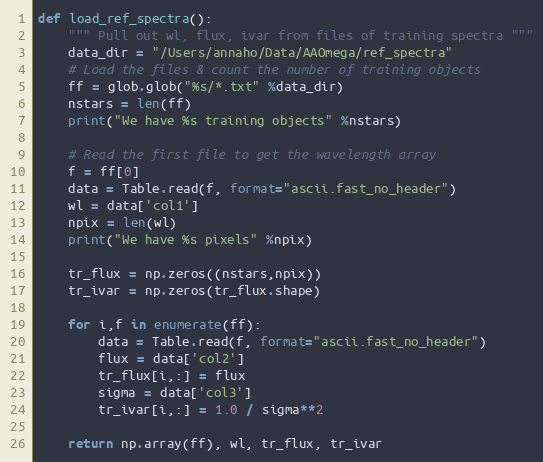
Language: Python
def load_ref_spectra():
    """ Pull out wl, flux, ivar from files of training spectra """
    data_dir = "/Users/annaho/Data/AAOmega/ref_spectra"
    # Load the files & count the number of training objects
    ff = glob.glob("%s/*.txt" %data_dir)
    nstars = len(ff)
    print("We have %s training objects" %nstars)

    # Read the first file to get the wavelength array
    f = ff[0]
    data = Table.read(f, format="ascii.fast_no_header")
    wl = data['col1']
    npix = len(wl)
    print("We have %s pixels" %npix)

    tr_flux = np.zeros((nstars,npix))
    tr_ivar = np.zeros(tr_flux.shape)

    for i,f in enumerate(ff):
        data = Table.read(f, format="ascii.fast_no_header")
        flux = data['col2']
        tr_flux[i,:] = flux
        sigma = data['col3']
        tr_ivar[i,:] = 1.0 / sigma**2

    return np.array(ff), wl, tr_flux, tr_ivar